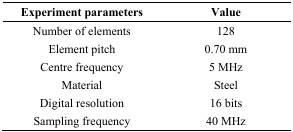
<table><thead><tr><td><b>Experiment parameters</b></td><td><b>Value</b></td></tr></thead><tbody><tr><td>Number of elements</td><td>128</td></tr><tr><td>Element pitch</td><td>0.70 mm</td></tr><tr><td>Centre frequency</td><td>5 MHz</td></tr><tr><td>Material</td><td>Steel</td></tr><tr><td>Digital resolution</td><td>16 bits</td></tr><tr><td>Sampling frequency</td><td>40 MHz</td></tr></tbody></table>